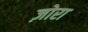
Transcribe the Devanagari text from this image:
ज़ोरा